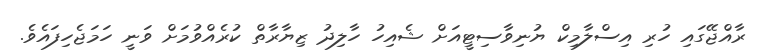
ރާއްޖޭގައި ހުރި އިސްލާމިކް ޔުނިވާސިޓީއަށް ޝެއިހު ހާލިދު ޒިޔާރާތް ކުރެއްވުމަށް ވަނީ ހަމަޖެހިފައެވެ.